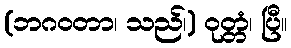
(ဘဂဝတာ၊ သည်၊) ဝုတ္တံ၊ ပြီ။